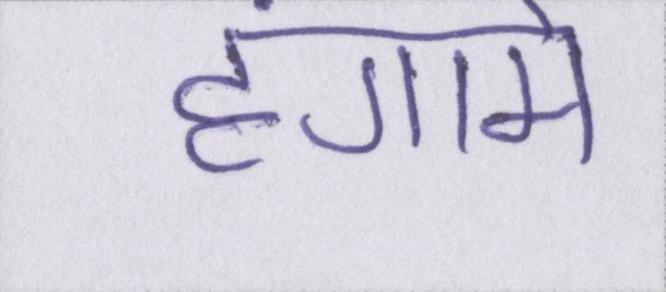
हंगामे